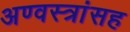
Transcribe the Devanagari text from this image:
अण्वस्त्रांसह